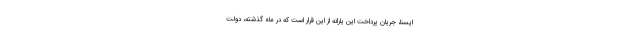
ایسنا، جریان پرداخت این یارانه از این قرار است که در ماه گذشته، دولت